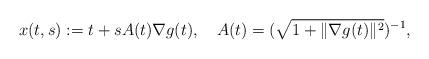
LaTeX: \begin{align*}x(t,s):=t+s A(t)\nabla g(t), \ \ \ A(t)=(\sqrt{1+\|\nabla g(t)\|^2})^{-1}, \end{align*}